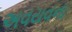
અવયવના